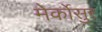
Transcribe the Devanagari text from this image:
मेर्कोसुर